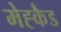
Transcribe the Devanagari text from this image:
मेह्कैड